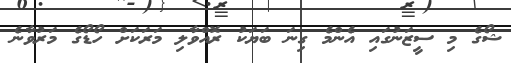
ޝޯގެ މި ސީޒަނުގައި އެންމެ ގިނަ ބަޔަކު ރޮއްވާލި މަރަކަށް ހޯޑޯގެ މަރުވާނެ